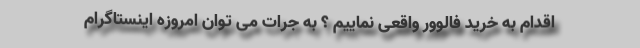
اقدام به خرید فالوور واقعی نماییم ؟ به جرات می توان امروزه اینستاگرام